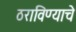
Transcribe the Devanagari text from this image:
ठराविण्याचे